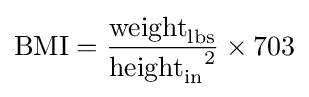
\mathrm {BMI} ={\frac {{\text{weight}}_{\text{lbs}}}{{{\text{height}}_{\text{in}}}^{2}}}\times 703